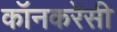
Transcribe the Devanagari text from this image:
कॉनकरेंसी